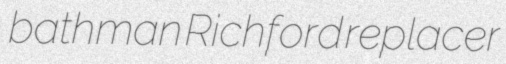
bathman Richford replacer